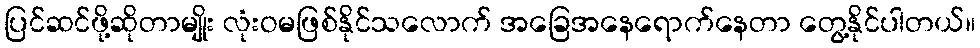
ပြင်ဆင်ဖို့ဆိုတာမျိုး လုံးဝမဖြစ်နိုင်သလောက် အခြေအနေရောက်နေတာ တွေ့နိုင်ပါတယ်။